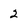
Character: 2